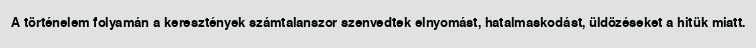
A történelem folyamán a keresztények számtalanszor szenvedtek elnyomást, hatalmaskodást, üldözéseket a hitük miatt.